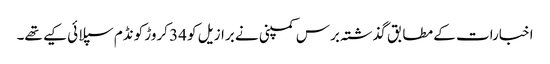
اخبارات کے مطابق گذشتہ برس کمپنی نے برازیل کو 34 کروڑ کونڈم سپلائی کیے تھے۔